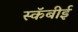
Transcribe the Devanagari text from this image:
स्कॅबीई